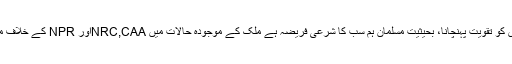
ظلم کے خلاف آواز بلند کرنا اور اس مقصد کے لئے جو آواز اٹھے اس کو تقویت پہنچانا، بحیثیت مسلمان ہم سب کا شرعی فریضہ ہے ملک کے موجودہ حالات میں NRC,CAAاور NPR کے خلاف ملک کی تمام سیکولر عوام اور تنظیمیں کھل کر سڑک پر اتر آئے ہیں۔